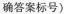
确答案标号)